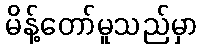
မိန့်တော်မူသည်မှာ